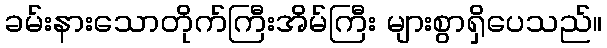
ခမ်းနားသောတိုက်ကြီးအိမ်ကြီး များစွာရှိပေသည်။